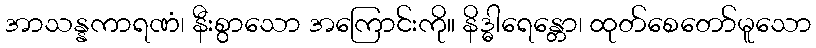
အာသန္နကာရဏံ၊ နီးစွာသော အကြောင်းကို။ နိဒ္ဓါရေန္တော၊ ထုတ်စေတော်မူသော